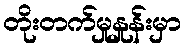
တိုးတက်မှုနှုန်းမှာ